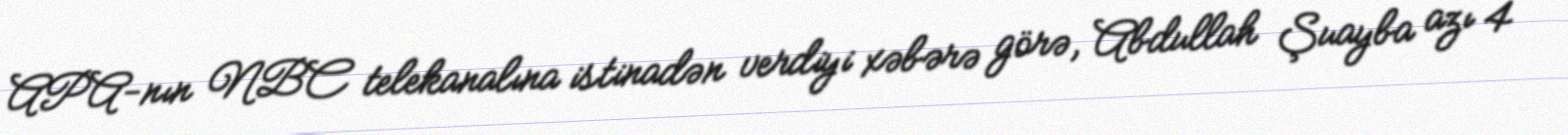
APA-nın NBC telekanalına istinadən verdiyi xəbərə görə, Abdullah Şuayba azı 4